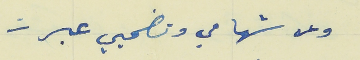
وعن شهامي وتضحيي عبرت